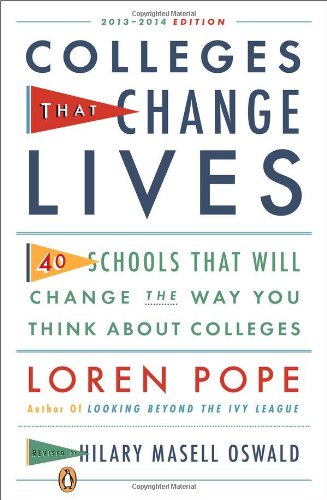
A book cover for Colleges That Change Lives: 40 Schools That Will Change the Way You Think About Colleges; Loren Pope; Education & Teaching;